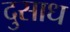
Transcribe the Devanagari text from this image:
दुसाध